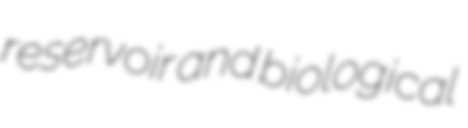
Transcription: reservoir and biological